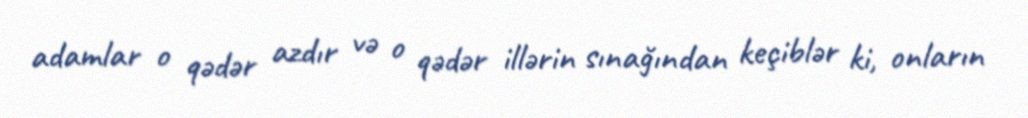
adamlar o qədər azdır və o qədər illərin sınağından keçiblər ki, onların